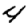
Digit: 4